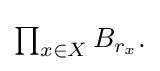
{\textstyle \prod _{x\in X}B_{r_{x}}.}